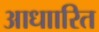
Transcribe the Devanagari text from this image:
आधाारित